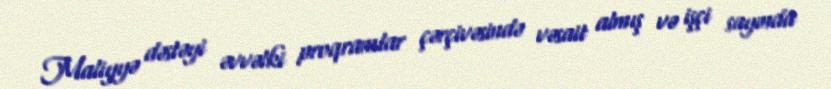
Maliyyə dəstəyi əvvəlki proqramlar çərçivəsində vəsait almış və işçi sayında